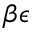
\beta \epsilon